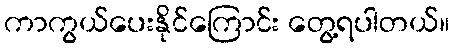
ကာကွယ်ပေးနိုင်ကြောင်း တွေ့ရပါတယ်။